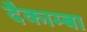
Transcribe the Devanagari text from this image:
दैकाम्बा